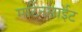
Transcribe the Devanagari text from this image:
मार्टेनसाईट